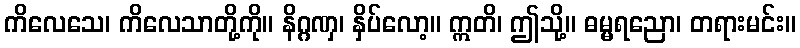
ကိလေသေ၊ ကိလေသာတို့ကို။ နိဂ္ဂဏှ၊ နှိပ်လော့။ ဣတိ၊ ဤသို့။ ဓမ္မရညော၊ တရားမင်း။